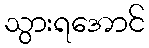
သွားရအောင်